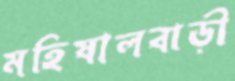
মহিষালবাড়ী